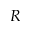
R